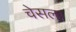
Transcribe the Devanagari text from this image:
चेसला